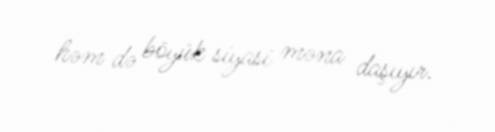
həm də böyük siyasi məna daşıyır.